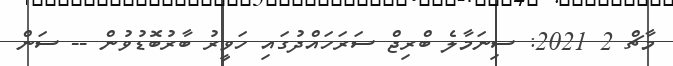
މާޗް 2 2021: ސިނަމާލެ ބްރިޖް ސަރަހައްދުގައި ހަވީރު ބާރުބޮޑުވުން -- ސަން